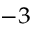
^ { - 3 }